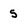
Character: 5